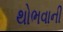
થોભવાની